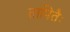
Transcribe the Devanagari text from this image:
तापितैः